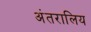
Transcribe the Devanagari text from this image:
अंतरालिय